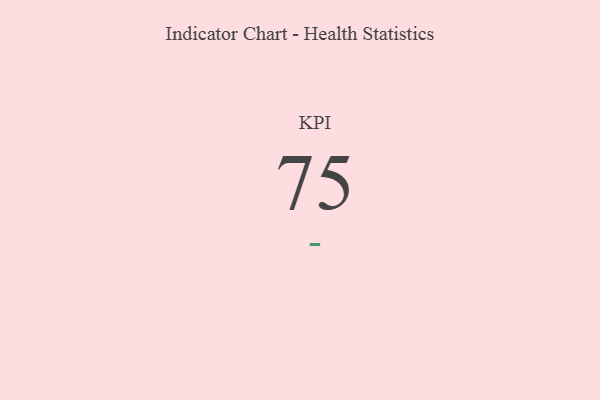
{"axis": {"x": "KPI", "y": "Value"}, "legend": [""], "data": [{"x": "KPI", "y": 75, "type": ""}]}